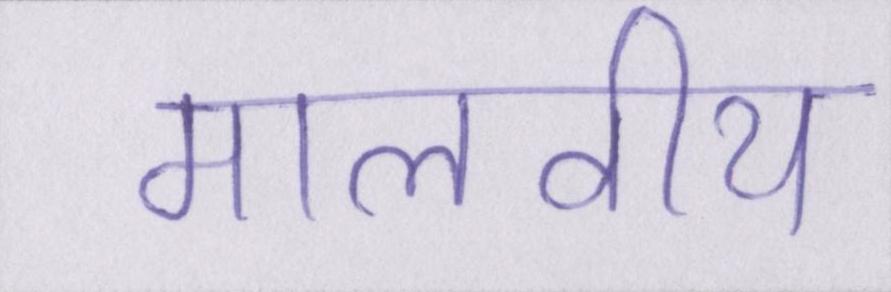
मालवीय